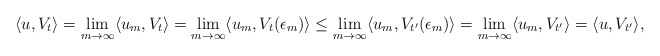
\begin{align*}\langle u , V_{t} \rangle = \lim_{m \to \infty} \langle u_m , V_t \rangle = \lim_{m \to \infty} \langle u_m , V_t(\epsilon_m) \rangle \le \lim_{m \to \infty} \langle u_m , V_{t'}(\epsilon_m) \rangle = \lim_{m \to \infty} \langle u_m , V_{t'} \rangle = \langle u , V_{t'} \rangle,\end{align*}